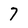
Character: 7